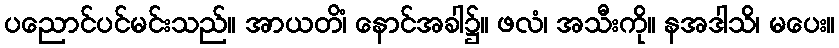
ပညောင်ပင်မင်းသည်။ အာယတိံ၊ နောင်အခါ၌။ ဖလံ၊ အသီးကို။ နအဒါသိ၊ မပေး။